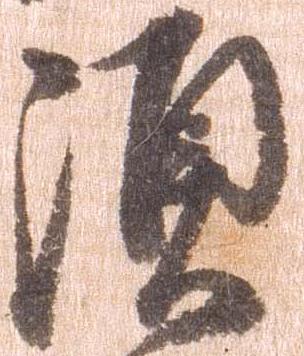
須